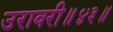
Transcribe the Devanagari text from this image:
उरावरी॥४३॥